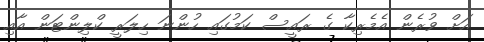
އަށް ވުރެން އެމެރިކާ ގެ ރައީސް ކަމުގައި ހުންނަ ހިލަރީ ކްލިންޓަން އާއި